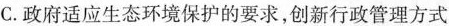
C.政府适应生态环境保护的要求，创新行政管理方式